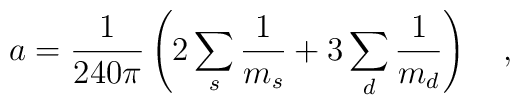
a={1 \over 240\pi}\left(2\sum_s {1 \over m_s}+3\sum_d {1 \over m_d}\right)~~~,